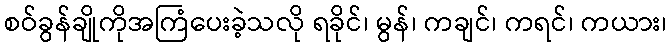
စဝ်ခွန်ချိုကိုအကြံပေးခဲ့သလို ရခိုင်၊ မွန်၊ ကချင်၊ ကရင်၊ ကယား၊